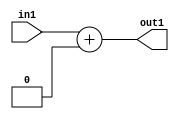
`timescale 1ps / 1ps
/*****************************************************************************
    Verilog RTL Description
    
    
    Created by: Stratus DpOpt 2019.1.01 
*******************************************************************************/

module SobelFilter_Add_4U_3_4 (
	in1,
	out1
	); /* architecture "behavioural" */ 
input [3:0] in1;
output [3:0] out1;
wire [3:0] asc001;

assign asc001 = 
	+(in1)
	+(4'B0000);

assign out1 = asc001;
endmodule

/* CADENCE  urf2Qww= : u9/ySgnWtBlWxVPRXgAZ4Og= ** DO NOT EDIT THIS LINE ******/